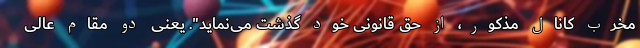
مخرّب کانال مذکور، از حق قانونی خود گذشت می‌نماید". یعنی دو مقام عالی